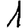
Digit: 1